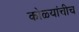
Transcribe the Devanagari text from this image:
कोळ्यांचीच